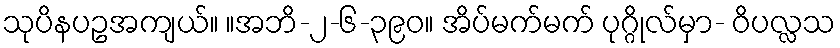
သုပိနပဥအကျယ်။ ။အဘိ-၂-၆-၃၉၀။ အိပ်မက်မက် ပုဂ္ဂိုလ်မှာ- ဝိပလ္လသ